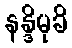
နန္ဒိမုခိ